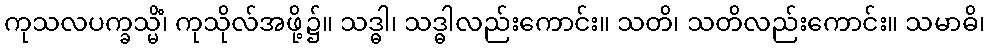
ကုသလပက္ခသ္မိံ၊ ကုသိုလ်အဖို့၌။ သဒ္ဓါ၊ သဒ္ဓါလည်းကောင်း။ သတိ၊ သတိလည်းကောင်း။ သမာဓိ၊